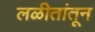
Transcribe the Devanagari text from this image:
लळीतांतून